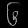
Digit: ၆